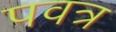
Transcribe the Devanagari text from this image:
पवत्र